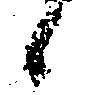
候